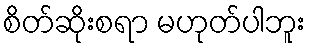
စိတ်ဆိုးစရာ မဟုတ်ပါဘူး